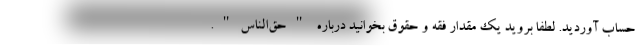
حساب آوردید. لطفا بروید یک مقدار فقه و حقوق بخوانید درباره "حق‌الناس".